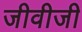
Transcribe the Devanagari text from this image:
जीवीजी